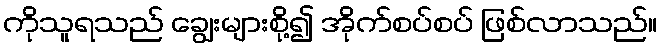
ကိုသူရသည် ချွေးများစို့၍ အိုက်စပ်စပ် ဖြစ်လာသည်။